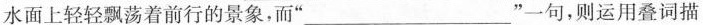
水面上轻轻飘荡着前行的景象，而‘’___”一句，则运用叠词描